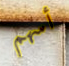
أسهم